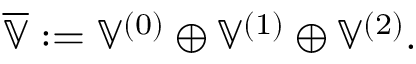
\overline { { \mathbb { V } } } : = \mathbb { V } ^ { ( 0 ) } \oplus \mathbb { V } ^ { ( 1 ) } \oplus \mathbb { V } ^ { ( 2 ) } .